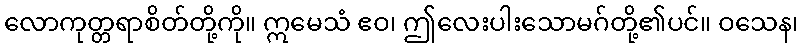
လောကုတ္တရာစိတ်တို့ကို။ ဣမေသံ ဧဝ၊ ဤလေးပါးသောမဂ်တို့၏ပင်။ ဝသေန၊